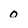
Character: 0